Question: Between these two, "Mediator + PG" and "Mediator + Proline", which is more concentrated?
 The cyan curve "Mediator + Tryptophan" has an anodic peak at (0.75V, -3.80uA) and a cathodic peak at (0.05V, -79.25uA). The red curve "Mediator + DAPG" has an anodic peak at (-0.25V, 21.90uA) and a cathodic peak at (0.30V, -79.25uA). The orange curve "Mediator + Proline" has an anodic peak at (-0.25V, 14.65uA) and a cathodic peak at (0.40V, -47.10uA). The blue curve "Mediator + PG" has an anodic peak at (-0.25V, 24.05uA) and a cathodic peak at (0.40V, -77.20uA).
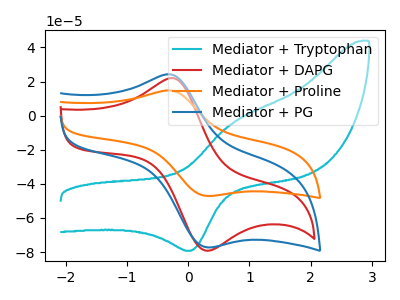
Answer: <think>All the peaks in "Mediator + PG" have a peak in "Mediator + Proline" at the same potential. Every peak in "Mediator + PG" is higher than every peak in "Mediator + Proline".
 </think>
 <answer>"Mediator + PG" has more signal than "Mediator + Proline" and so likely has a higher concentration.</answer>
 <eval>more_concentration</eval>